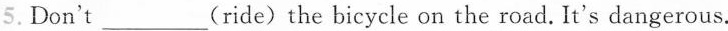
5.Don't___(ride)the bicycle on the road. It's dangerous.